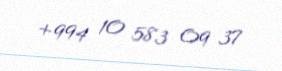
+994 10 583 09 37